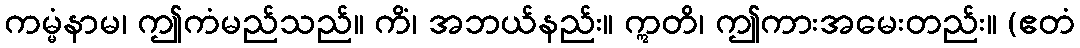
ကမ္မံနာမ၊ ဤကံမည်သည်။ ကိံ၊ အဘယ်နည်း။ ဣတိ၊ ဤကားအမေးတည်း။ (ဧတံ